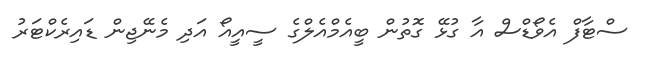
ސްޓާފް އެވޯޑްސް އާ ގުޅޭ ގޮތުން ބީއެމްއެލްގެ ސީއީއޯ އަދި މެނޭޖިން ޑައިރެކްޓަރު